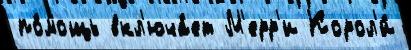
по́мощь вкл'юча́ет М'ерр'и Корол'и́